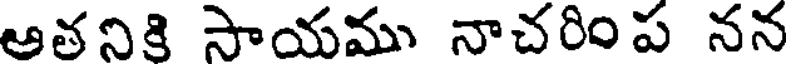
ఆతనికి సాయము నాచరిం ప నన